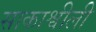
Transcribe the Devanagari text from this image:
साकाश्वीली